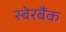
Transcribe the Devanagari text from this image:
स्बेरबैंक